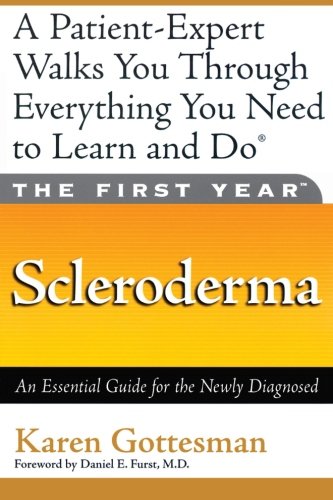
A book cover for The First Year: Scleroderma: An Essential Guide for the Newly Diagnosed; Karen Gottesman; Health, Fitness & Dieting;